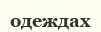
одеждах